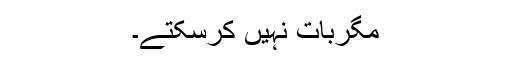
مگربات نہیں کرسکتے۔